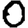
Digit: 0